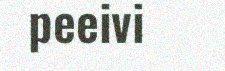
peeivi